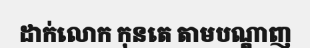
ដាក់លោក កុនតេ តាមបណ្តាញ